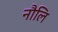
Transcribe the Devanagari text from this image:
नौलि